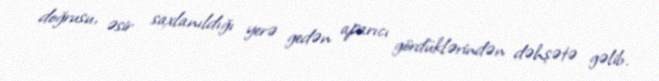
doğrusu, əsir saxlanıldığı yerə gedən aparıcı gördüklərindən dəhşətə gəlib.